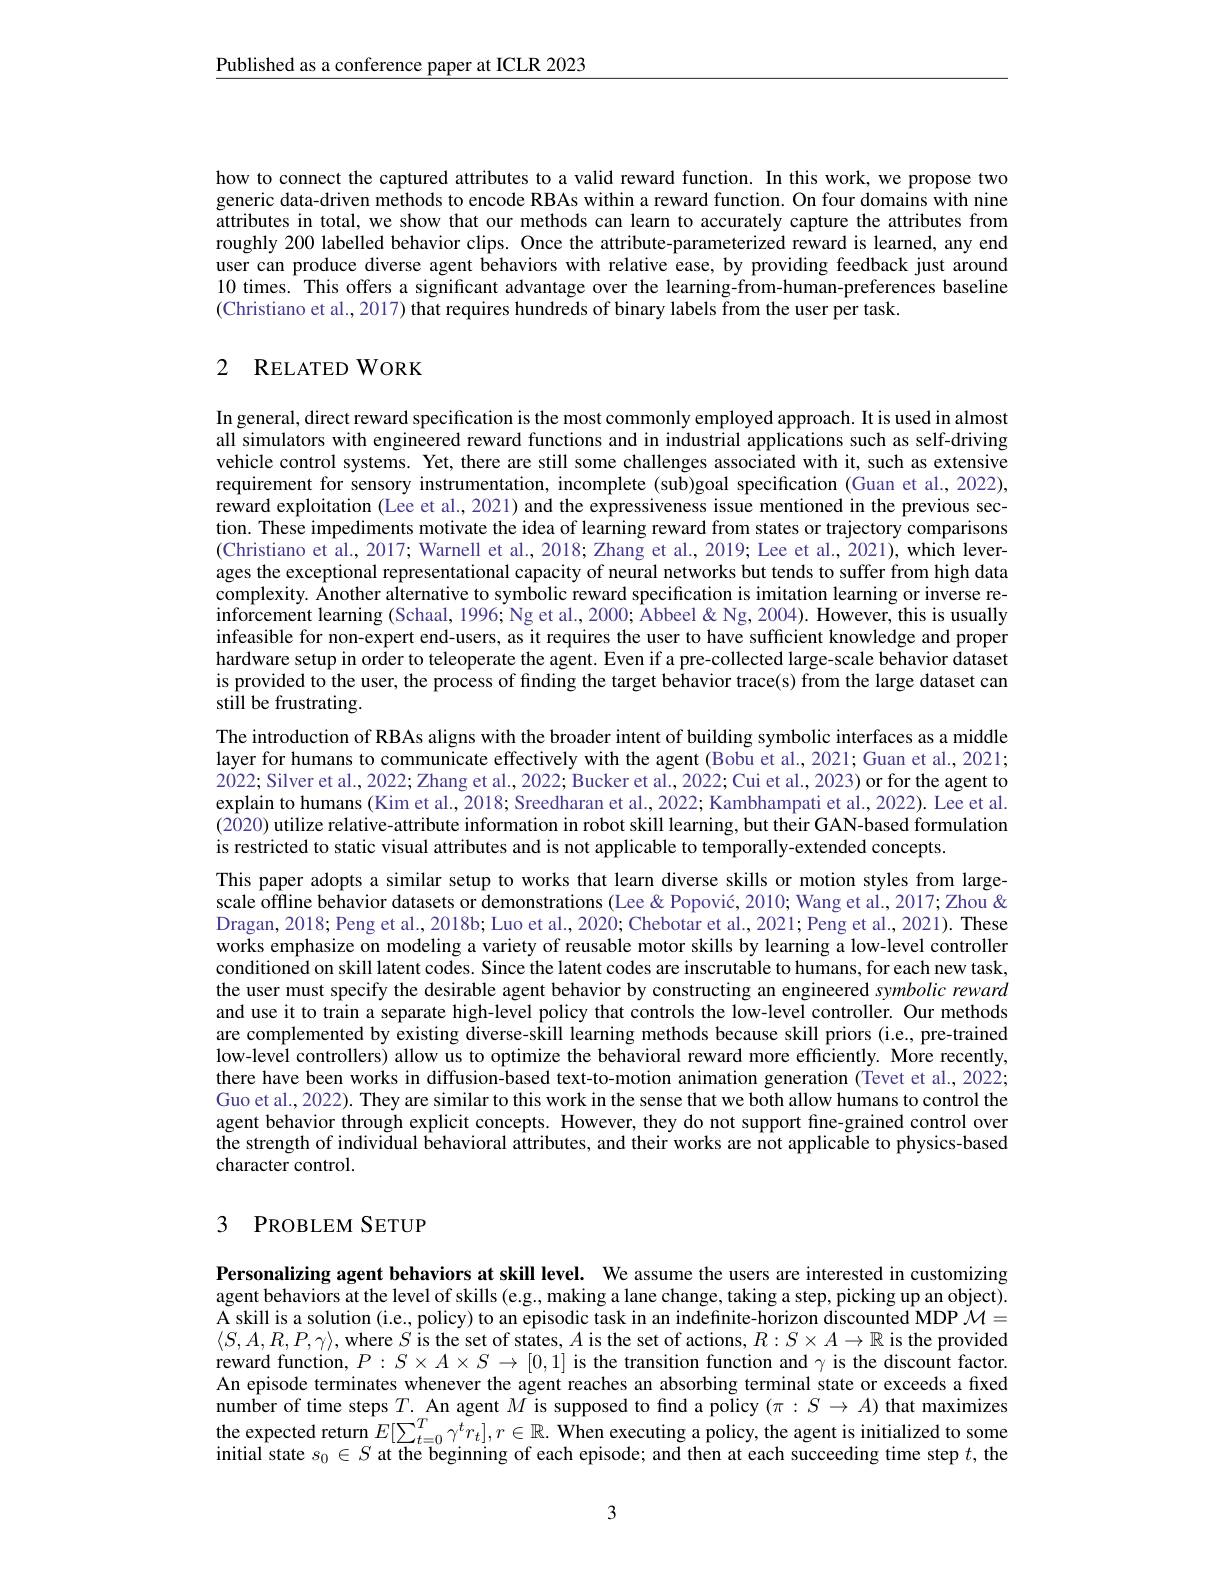
Published as a conference paper at ICLR 2023

how to connect the captured attributes to a valid reward function. In this work, we propose two generic data-driven methods to encode RBAs within a reward function. On four domains with nine attributes in total, we show that our methods can learn to accurately capture the attributes from roughly 200 labelled behavior clips. Once the attribute-parameterized reward is learned, any end user can produce diverse agent behaviors with relative ease, by providing feedback just around 10 times. This offers a significant advantage over the learning-from-human-preferences baseline (Christiano et al., 2017) that requires hundreds of binary labels from the user per task.

## 2 RELATEDWORK

In general, direct reward specification is the most commonly employed approach. It is used in almost all simulators with engineered reward functions and in industrial applications such as self-driving vehicle control systems. Yet, there are still some challenges associated with it, such as extensive requirement for sensory instrumentation, incomplete (sub)goal specification (Guan et al., 2022), reward exploitation (Lee et al., 2021) and the expressiveness issue mentioned in the previous section. These impediments motivate the idea of learning reward from states or trajectory comparisons (Christiano et al., 2017; Warnell et al., 2018; Zhang et al., 2019; Lee et al., 2021), which leverages the exceptional representational capacity of neural networks but tends to suffer from high data complexity. Another alternative to symbolic reward specification is imitation learning or inverse reinforcement learning (Schaal, 1996; Ng et al., 2000; Âbbeel& " Abbeel & Ng, 2004). However, this is usually infeasible for non-expert end-users, as it requires the user to have sufficient knowledge and proper hardware setup in order to teleoperate the agent. Even if a pre-collected large-scale behavior dataset is provided to the user, the process of finding the target behavior trace(s) from the large dataset can still be frustrating.
The introduction of RBAs aligns with the broader intent of building symbolic interfaces as a middle layer for humans to communicate effectively with the agent (Bobu et al., 2021; Guan et al., 2021; 2022; Silver et al., 2022; Zhang et al., 2022; Bucker et al., 2022; Cui et al., 2023) or for the agent to explain to humans (Kim et al., 2018; Sreedharan et al., 2022; Kambhampati et al., 2022). Lee et al. (2020) utilize relative-attribute information in robot skill learning, but their GAN-based formulation is restricted to static visual attributes and is not applicable to temporally-extended concepts.
This paper adopts a similar setup to works that learn diverse skills or motion styles from largescale offline behavior datasets or demonstrations (Lee &Popović, 2010; Wang et al., 2017; Zhou & Dragan, 2018; Peng et al., 2018b; Luo et al., 2020; Chebotar et al., 2021; Peng et al., 2021). These works emphasize on modeling a variety of reusable motor skills by learning a low-level controller conditioned on skill latent codes. Since the latent codes are inscrutable to humans, for each new task, the user must specify the desirable agent behavior by constructing an engineered symbolic reward and use it to train a separate high-level policy that controls the low-level controller. Our methods are complemented by existing diverse-skill learning methods because skill priors (i.e., pre-trained low-level controllers) allow us to optimize the behavioral reward more efficiently. More recently, there have been works in diffusion-based text-to-motion animation generation (Tevet et al., 2022; Guo et al., 2022). They are similar to this work in the sense that we both allow humans to control the agent behavior through explicit concepts. However, they do not support fine-grained control over the strength of individual behavioral attributes, and their works are not applicable to physics-based character control.

## 3 PROBLEM SETUP

Personalizing agent behaviors at skill level. We assume the users are interested in customizing agent behaviors at the level of skills (e.g., making a lane change, taking a step, picking up an object). A skill is a solution (i.e., policy) to an episodic task in an indefinite-horizon discounted MDP $\mathcal{M}=$ $\langle S,A,R,P,\gamma\rangle$, where $S$ is the set of states, $A$ is the set of actions, $R:S\times A\to\mathbb{R}$ is the provided reward function, $P:S\times A\times S\to[0,1]$ is the transition function and $\gamma$ is the discount factor. An episode terminates whenever the agent reaches an absorbing terminal state or exceeds a fixed number of time steps $T.$ An agent $M$ is supposed to find a policy $(\pi:S\to A)$ that maximizes the expected return $E[\sum_{t=0}^T\gamma^tr_t],r\in\mathbb{R}.$ When executing a policy, the agent is initialized to some initial state $s_0\in S$ at the beginning of each episode; and then at each succeeding time step $t$, the

3